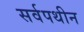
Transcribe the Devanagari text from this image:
सर्वपथीन